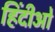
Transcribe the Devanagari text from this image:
हिंदीओ